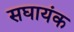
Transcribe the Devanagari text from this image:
सघायंक